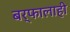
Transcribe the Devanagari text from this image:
बर्फालाही